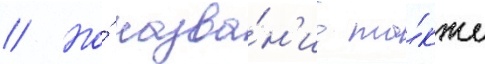
// Но́ назва́н'ие та́кже